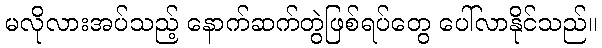
မလိုလားအပ်သည့် နောက်ဆက်တွဲဖြစ်ရပ်တွေ ပေါ်လာနိုင်သည်။